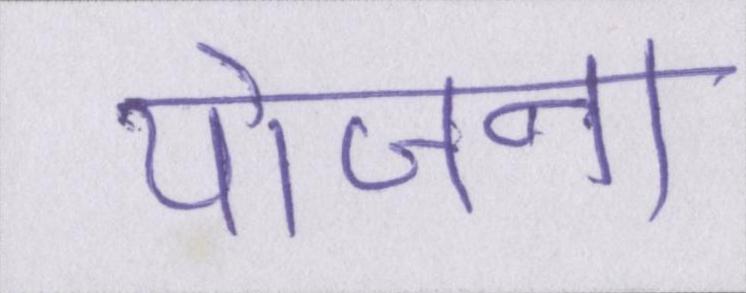
योजना